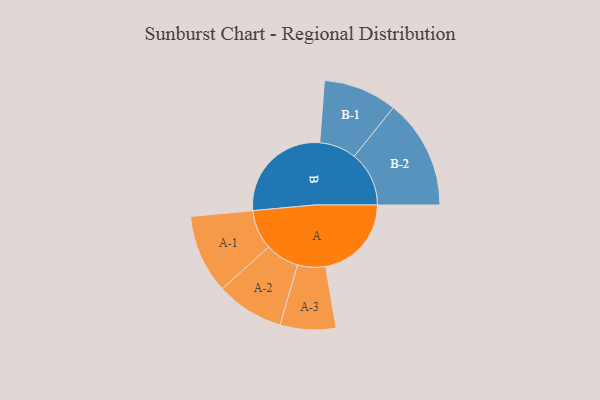
{"axis": {"x": "Segment", "y": "Value"}, "legend": ["", "A", "B"], "data": [{"x": "A", "y": 398, "type": ""}, {"x": "B", "y": 494, "type": ""}, {"x": "A-1", "y": 183, "type": "A"}, {"x": "A-2", "y": 157, "type": "A"}, {"x": "A-3", "y": 129, "type": "A"}, {"x": "B-1", "y": 171, "type": "B"}, {"x": "B-2", "y": 254, "type": "B"}]}